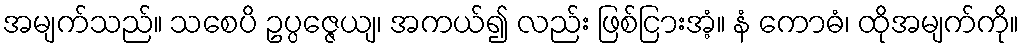
အမျက်သည်။ သစေပိ ဥပ္ပဇ္ဇေယျ၊ အကယ်၍ လည်း ဖြစ်ငြားအံ့။ နံ ကောဓံ၊ ထိုအမျက်ကို။